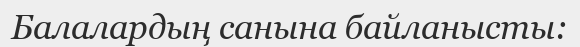
Балалардың санына байланысты: